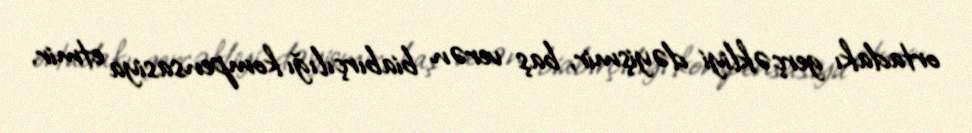
ortadakı gerçəkliyi dəyişmir, baş verən biabırçılığı kompensasiya etmir.